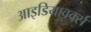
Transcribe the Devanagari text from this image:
आइडियावर्क्स